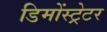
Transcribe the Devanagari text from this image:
डिमोंस्ट्रेटर